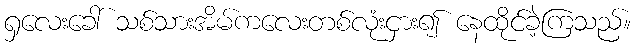
ရှလေးခေါ် သစ်သားအိမ်ကလေးတစ်လုံးငှား၍ နေထိုင်ခဲ့ကြသည်။